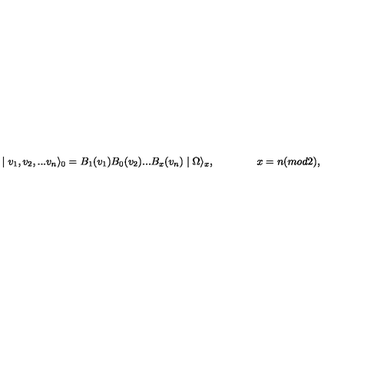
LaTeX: \mid v _ { 1 } , v _ { 2 } , . . . v _ { n } \rangle _ { 0 } = B _ { 1 } ( v _ { 1 } ) B _ { 0 } ( v _ { 2 } ) . . . B _ { x } ( v _ { n } ) \mid \Omega \rangle _ { x } , \qquad \qquad x = n ( m o d 2 ) ,